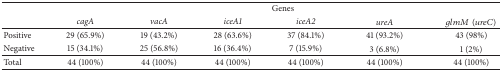
|  | <COLSPAN=6> Genes |
 |  | cagA | vacA | iceA1 | iceA2 | ureA | glmM(ureC) |
 | --- | --- | --- | --- | --- | --- | --- |
 | Positive | 29 (65.9%) | 19 (43.2%) | 28 (63.6%) | 37 (84.1%) | 41 (93.2%) | 43 (98%) |
 | Negative | 15 (34.1%) | 25 (56.8%) | 16 (36.4%) | 7 (15.9%) | 3 (6.8%) | 1 (2%) |
 | Total | 44 (100%) | 44 (100%) | 44 (100%) | 44 (100%) | 44 (100%) | 44 (100%) |